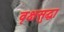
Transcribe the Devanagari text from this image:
वृक्षसुद्धा